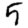
Digit: 5